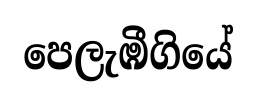
පෙලැඹීගියේ